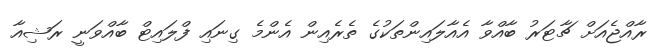
ރާއްޖެއަށް ޗާޓަރު ބާއްވާ އެއާލައިންތަކުގެ ތެރެއިން އެންމެ ގިނައި ފްލައިޓް ބާއްވަނީ ރަޝިއާ